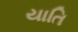
યાતિ